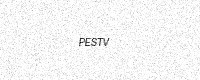
Text: PESTV